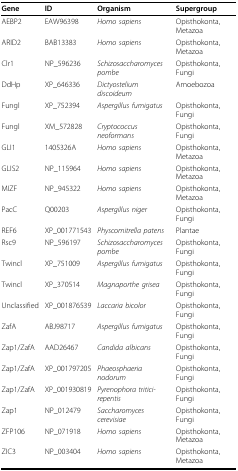
<table><thead><tr><td><b>Gene</b></td><td><b>ID</b></td><td><b>Organism</b></td><td><b>Supergroup</b></td></tr></thead><tbody><tr><td>AEBP2</td><td>EAW96398</td><td><i>Homo sapiens</i></td><td>Opisthokonta, Metazoa</td></tr><tr><td>ARID2</td><td>BAB13383</td><td><i>Homo sapiens</i></td><td>Opisthokonta, Metazoa</td></tr><tr><td>Clr1</td><td>NP_596236</td><td><i>Schizosaccharomyces pombe</i></td><td>Opisthokonta, Fungi</td></tr><tr><td>DdHp</td><td>XP_646336</td><td><i>Dictyostelium discoideum</i></td><td>Amoebozoa</td></tr><tr><td>Fungl</td><td>XP_752394</td><td><i>Aspergillus fumigatus</i></td><td>Opisthokonta, Fungi</td></tr><tr><td>Fungl</td><td>XM_572828</td><td><i>Cryptococcus neoformans</i></td><td>Opisthokonta, Fungi</td></tr><tr><td>GLI1</td><td>1405326A</td><td><i>Homo sapiens</i></td><td>Opisthokonta, Metazoa</td></tr><tr><td>GLIS2</td><td>NP_115964</td><td><i>Homo sapiens</i></td><td>Opisthokonta, Metazoa</td></tr><tr><td>MIZF</td><td>NP_945322</td><td><i>Homo sapiens</i></td><td>Opisthokonta, Metazoa</td></tr><tr><td>PacC</td><td>Q00203</td><td><i>Aspergillus niger</i></td><td>Opisthokonta, Fungi</td></tr><tr><td>REF6</td><td>XP_001771543</td><td><i>Physcomitrella patens</i></td><td>Plantae</td></tr><tr><td>Rsc9</td><td>NP_596197</td><td><i>Schizosaccharomyces pombe</i></td><td>Opisthokonta, Fungi</td></tr><tr><td>Twincl</td><td>XP_751009</td><td><i>Aspergillus fumigatus</i></td><td>Opisthokonta, Fungi</td></tr><tr><td>Twincl</td><td>XP_370514</td><td><i>Magnaporthe grisea</i></td><td>Opisthokonta, Fungi</td></tr><tr><td>Unclassified</td><td>XP_001876539</td><td><i>Laccaria bicolor</i></td><td>Opisthokonta, Fungi</td></tr><tr><td>ZafA</td><td>ABJ98717</td><td><i>Aspergillus fumigatus</i></td><td>Opisthokonta, Fungi</td></tr><tr><td>Zap1/ZafA</td><td>AAD26467</td><td><i>Candida albicans</i></td><td>Opisthokonta, Fungi</td></tr><tr><td>Zap1/ZafA</td><td>XP_001797205</td><td><i>Phaeosphaeria nodorum</i></td><td>Opisthokonta, Fungi</td></tr><tr><td>Zap1/ZafA</td><td>XP_001930819</td><td><i>Pyrenophora tritici-repentis</i></td><td>Opisthokonta, Fungi</td></tr><tr><td>Zap1</td><td>NP_012479</td><td><i>Saccharomyces cerevisiae</i></td><td>Opisthokonta, Fungi</td></tr><tr><td>ZFP106</td><td>NP_071918</td><td><i>Homo sapiens</i></td><td>Opisthokonta, Metazoa</td></tr><tr><td>ZIC3</td><td>NP_003404</td><td><i>Homo sapiens</i></td><td>Opisthokonta, Metazoa</td></tr></tbody></table>